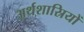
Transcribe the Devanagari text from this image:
अर्थशास्रियों